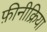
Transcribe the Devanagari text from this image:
फ़ीनीक्रिया